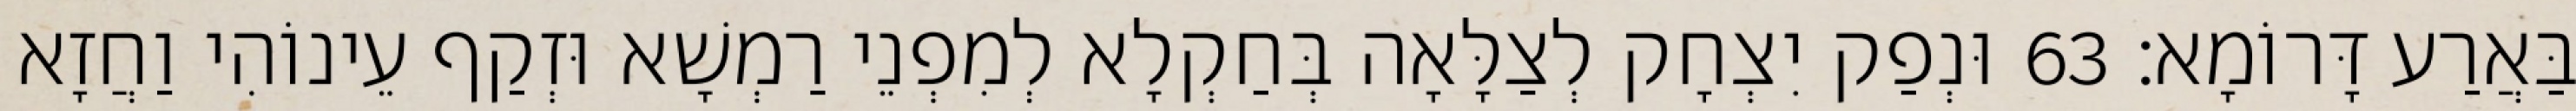
בַּאֲרַע דָּרוֹמָא׃ 63 וּנְפַק יִצְחָק לְצַלָּאָה בְּחַקְלָא לְמִפְנֵי רַמְשָׁא וּזְקַף עֵינוֹהִי וַחֲזָא